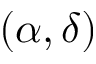
( \alpha , \delta )